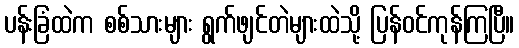
ပန်းခြံထဲက စစ်သားများ ရွက်ဖျင်တဲများထဲသို့ ပြန်ဝင်ကုန်ကြပြီ။